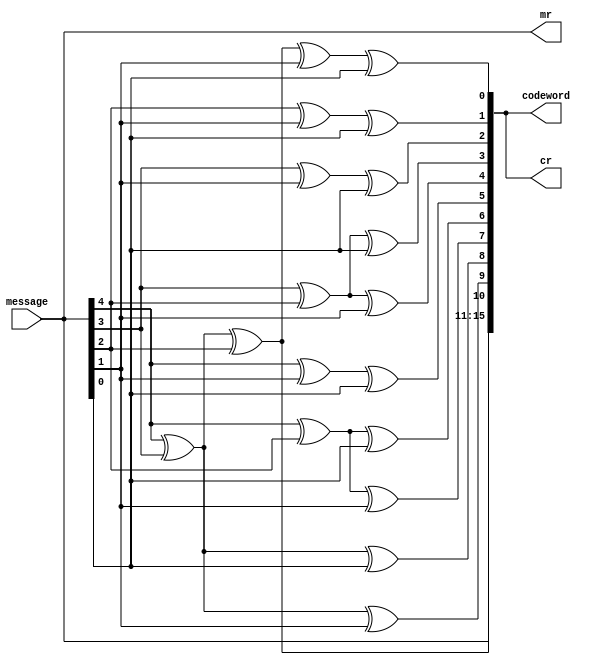
module encode (message, codeword, mr, cr);
//module encode (message, codeword);
	input [0:4] message;
	output [0:15] codeword;
	output [4:0] mr;
	output [15:0] cr;
	
	reg [15:0] codeword_rev;
	assign codeword_rev = codeword;
	reg [15:0] rev_message;
	assign rev_message = message;
	assign mr = rev_message;
	assign cr = codeword_rev;

	//m*G
	//integer i,j;
	always@(message) begin
		//i=0;
		//j=0;
		//for(i=0; i<=4; i=i+1) begin : row_sum_mult//loop through m's index
			//for(j=0; j<=15; j=j+1) begin : column_sum_mult //compute c[i] by summing each element of the codeword (G's column) times m[i]
				//codeword[i] = codeword[i] ^ message[i] ^ project.G[i][j];
			//end
			codeword[0]  = message[0];
			codeword[1]  = message[1];
			codeword[2]  = message[2];
			codeword[3]  = message[3];
			codeword[4]  = message[4];
			codeword[5]  = message[0] ^ message[1] ^ message[2];
			codeword[6]  = message[0] ^ message[1] ^ message[3];
			codeword[7]  = message[0] ^ message[1] ^ message[4];
			codeword[8]  = message[0] ^ message[2] ^ message[3];
			codeword[9]  = message[0] ^ message[2] ^ message[4];
			codeword[10] = message[0] ^ message[3] ^ message[4];
			codeword[11] = message[1] ^ message[2] ^ message[3];
			codeword[12] = message[1] ^ message[2] ^ message[4];
			codeword[13] = message[1] ^ message[3] ^ message[4];
			codeword[14] = message[2] ^ message[3] ^ message[4];
			codeword[15] = message[0] ^ message[1] ^ message[2] ^ message[3] ^ message[4];
		//end
	end

endmodule